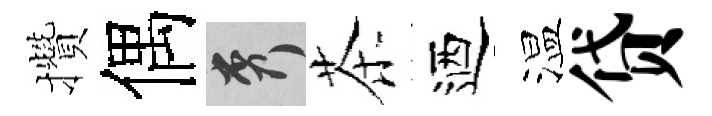
攢偶秀茶迺温贷